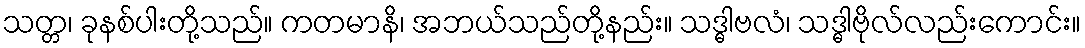
သတ္တ၊ ခုနစ်ပါးတို့သည်။ ကတမာနိ၊ အဘယ်သည်တို့နည်း။ သဒ္ဓါဗလံ၊ သဒ္ဓါဗိုလ်လည်းကောင်း။